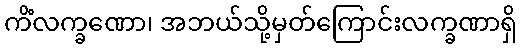
ကိံလက္ခဏော၊ အဘယ်သို့မှတ်ကြောင်းလက္ခဏာရှိ